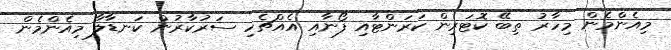
މިއެންމެން މިހާރު ތިބޭ ކޮޓަރިން ކަރަންޓާއި ފޯނާއި އެއްޗެހި ސަރުކާރުން ކަނޑާލާ މިއެންމެން